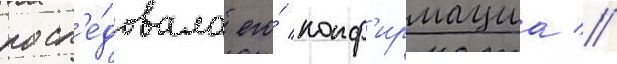
посл'е́довала его́ конф'ирмациа //